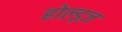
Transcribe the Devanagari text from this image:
होल्ड्ज़